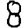
Digit: 8